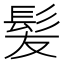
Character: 髪